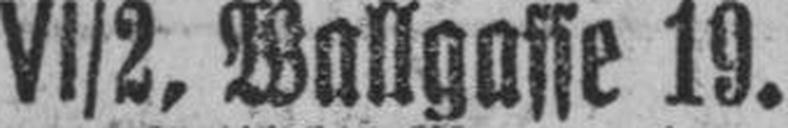
VI/2, Wallgasse 19.